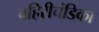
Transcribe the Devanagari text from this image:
बहिरीचंडिका